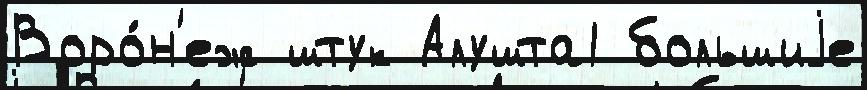
Воро́н'еж штук Алушта1 большиjе